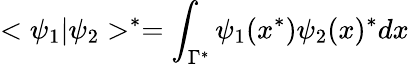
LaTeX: <\psi_{1}|\psi_{2}>^{*}=\int_{\Gamma^{*}}\psi_{1}(x^{*})\psi_{2}(x)^{*}dx